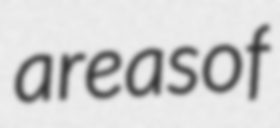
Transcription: areas of